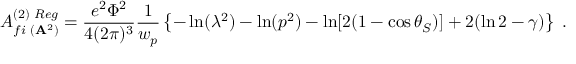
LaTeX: { \cal A } _ { f i \, \, ( { \bf A } ^ { 2 } ) } ^ { ( 2 ) \, \, R e g } = \frac { e ^ { 2 } \Phi ^ { 2 } } { 4 ( 2 \pi ) ^ { 3 } } \frac { 1 } { w _ { p } } \left\{ - \ln ( \lambda ^ { 2 } ) - \ln ( p ^ { 2 } ) - \ln [ 2 ( 1 - \cos \theta _ { S } ) ] + 2 ( \ln 2 - \gamma ) \right\} \; .